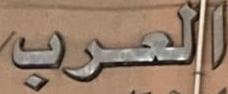
العرب